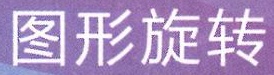
图形旋转